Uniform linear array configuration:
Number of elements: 24
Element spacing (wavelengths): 0.5
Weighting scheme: exponential
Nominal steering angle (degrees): -60
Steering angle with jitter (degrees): -60.809
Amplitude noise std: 0.05
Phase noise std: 0.05

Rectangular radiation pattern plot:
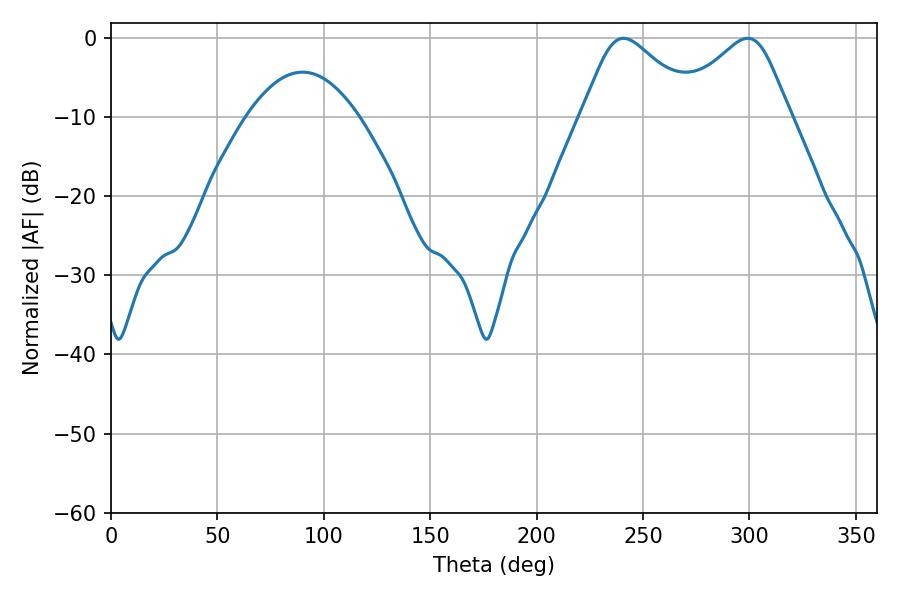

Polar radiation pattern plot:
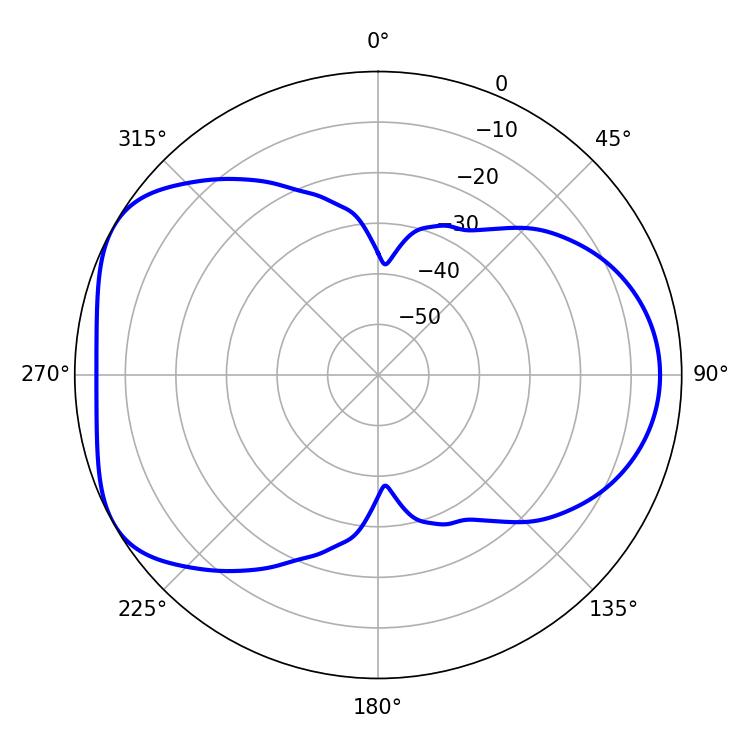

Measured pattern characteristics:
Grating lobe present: FALSE
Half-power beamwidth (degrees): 26.64
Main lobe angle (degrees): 240.84